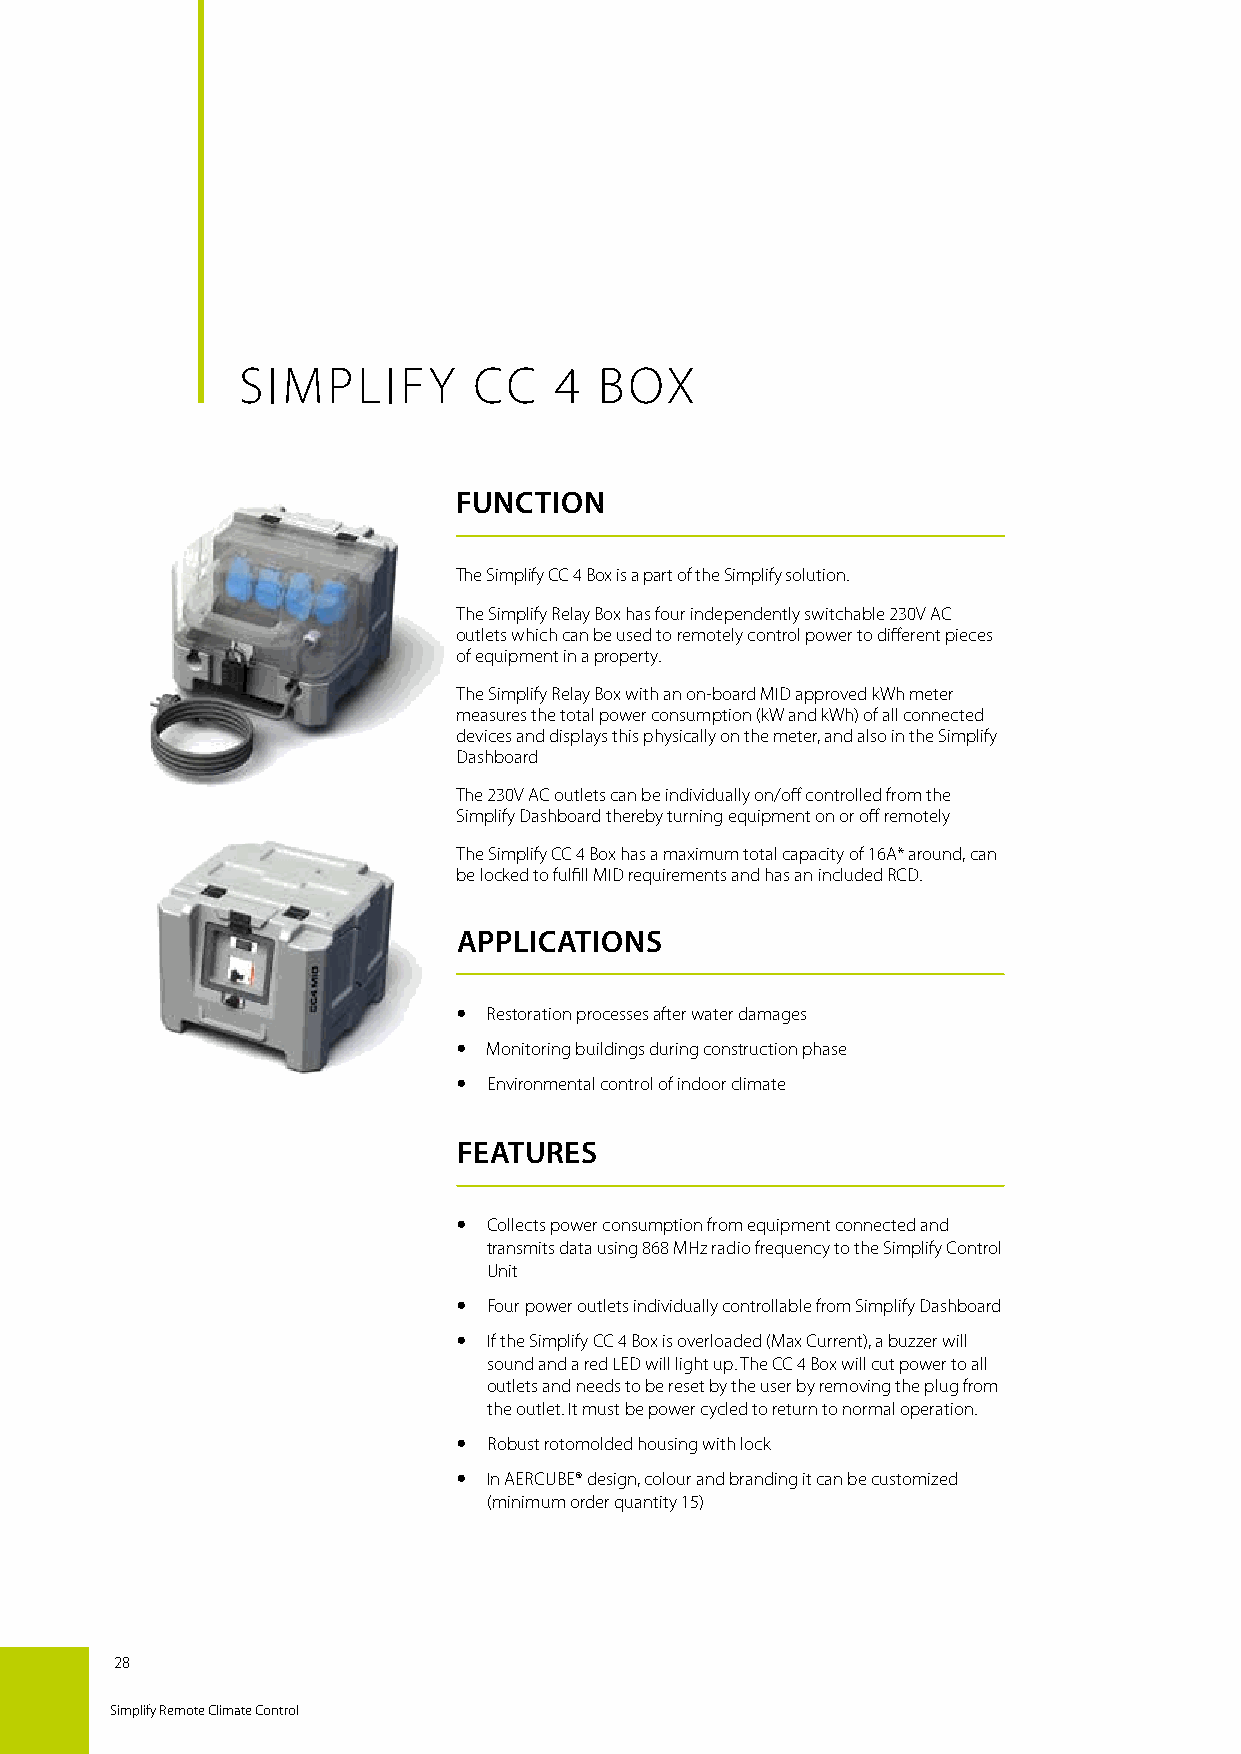
SIMPLIFY       CC    4  BOX
 FUNCTION
 The Simplify CC 4 Box is a part of the Simplify solution.
 The Simplify Relay Box has four independently switchable 230V AC
 outlets which can be used to remotely control power to different pieces
 of equipment in a property.
 The Simplify Relay Box with an on-board MID approved kWh meter
 measures the total power consumption (kW and kWh) of all connected
 devices and displays this physically on the meter, and also in the Simplify
 Dashboard
 The 230V AC outlets can be individually on/off controlled from the
 Simplify Dashboard thereby turning equipment on or off remotely
 The Simplify CC 4 Box has a maximum total capacity of 16A* around, can
 be locked to fulfill MID requirements and has an included RCD.
 APPLICATIONS
  Restoration processes after water damages
  Monitoring buildings during construction phase
  Environmental control of indoor climate
 FEATURES
  Collects power consumption from equipment connected and
 transmits data using 868 MHz radio frequency to the Simplify Control
 Unit
  Four power outlets individually controllable from Simplify Dashboard
  If the Simplify CC 4 Box is overloaded (Max Current), a buzzer will
 sound and a red LED will light up. The CC 4 Box will cut power to all
 outlets and needs to be reset by the user by removing the plug from
 the outlet. It must be power cycled to return to normal operation.
  Robust rotomolded housing with lock
  In AERCUBE® design, colour and branding it can be customized
 (minimum order quantity 15)
 28
 Simplify Remote Climate Control